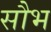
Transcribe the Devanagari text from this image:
सौभ